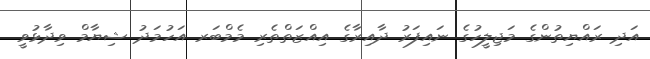
އަދި ރައްޔިތުންގެ މަޖިލީހުގެ ނައިފަރު ދާއިރާގެ އިއްޒަތްތެރި މެމްބަރ އަހުމަދު ޝިޔާމް ވިދާޅުވީ